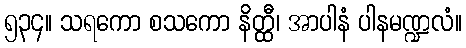
၅၃၄။ သရကော စသကော နိတ္ထီ၊ အာပါနံ ပါနမဏ္ဍလံ။